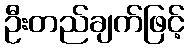
ဦးတည်ချက်ဖြင့်